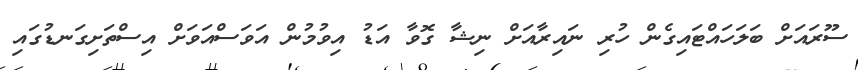
ސޫރައަށް ބަލަހައްޓައިގެން ހުރި ނައިރާއަށް ނިޝާ ގޮވާ އަޑު އިވުމުން އަވަސްއަވަށް އިސްތަށިގަނޑުގައި